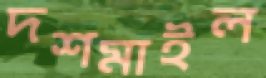
দশমাইল